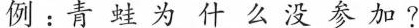
例：青蛙为什么没参加？